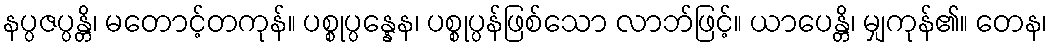
နပ္ပဇပ္ပန္တိ၊ မတောင့်တကုန်။ ပစ္စုပ္ပန္နေန၊ ပစ္စုပ္ပန်ဖြစ်သော လာဘ်ဖြင့်။ ယာပေန္တိ၊ မျှကုန်၏။ တေန၊